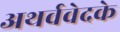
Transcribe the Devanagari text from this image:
अथर्ववेदके